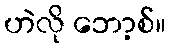
ဟဲလို ဘော့စ်။